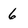
Character: 6